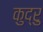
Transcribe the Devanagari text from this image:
कुद्रु